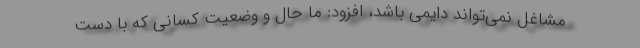
مشاغل نمی‌تواند دایمی باشد، افزود: ما حال و وضعیت کسانی که با دست